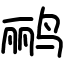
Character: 鹂